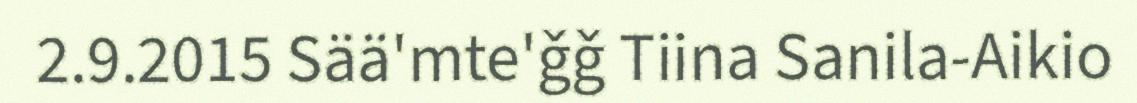
2.9.2015 Sää'mte'ǧǧ Tiina Sanila-Aikio